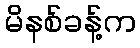
မိနစ်ခန့်က